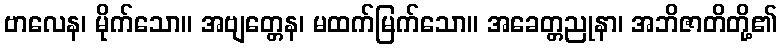
ဗာလေန၊ မိုက်သော။ အဗျတ္တေန၊ မထက်မြက်သော။ အခေတ္တညုနာ၊ အဘိဇာတိတို့၏